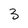
Character: 3